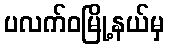
ပလက်ဝမြို့နယ်မှ